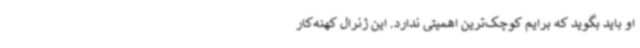
او باید بگوید که برایم کوچک‌ترین اهمیتی ندارد. این ژنرال کهنه‌کار